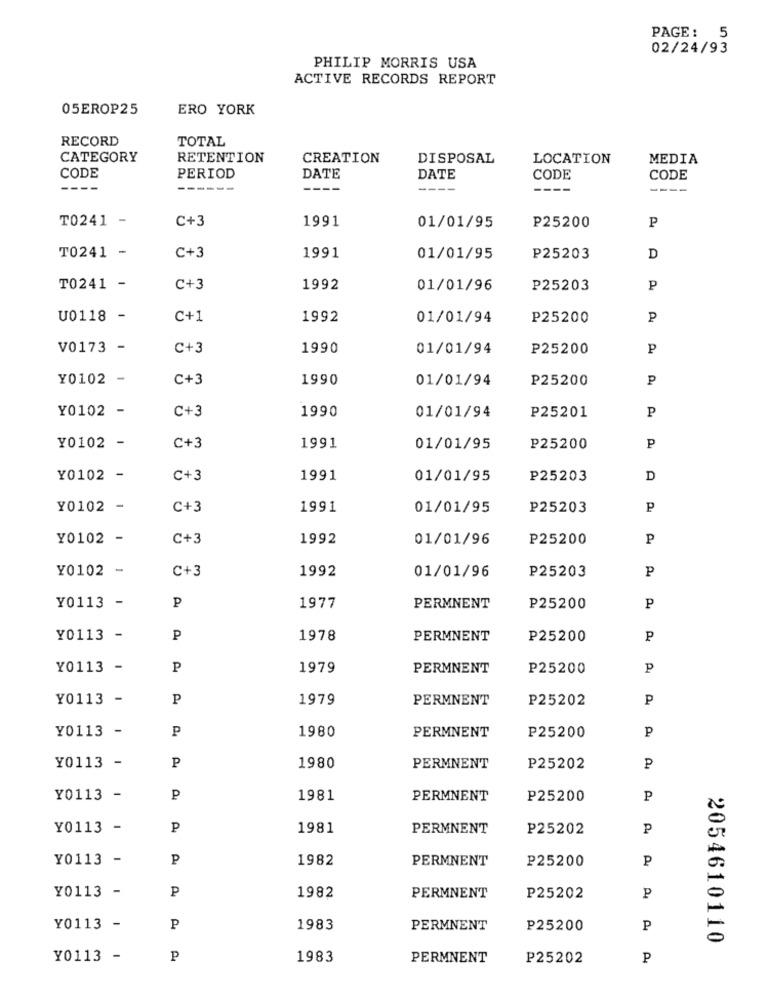
PAGE: 5
02/24/93
PHILIP MORRIS USA
ACTIVE RECORDS REPORT
05EROP25
ERO YORK
RECORD
TOTAL
CATEGORY
RETENTION
CREATION
DISPOSAL
LOCATION
MEDIA
CODE
PERIOD
DATE
DATE
CODE
CODE
-----
----
---
T0241 -
C+3
1991
P
01/01/95
P25200
T0241 -
C+3
1991
01/01/95
P25203
D
T0241 -
C+3
1992
01/01/96
P25203
P
U0118 -
C+1
1992
01/01/94
P25200
P
V0173 -
C+3
1990
01/01/94
P25200
P
Y0102 -
C+3
1990
01/01/94
P25200
P
Y0102 -
C+3
1990
01/01/94
P25201
P
Y0102 -
C+3
1991
01/01/95
P25200
P
Y0102 -
C+3
1991
01/01/95
P25203
D
Y0102 -
C+3
1991
01/01/95
P25203
P
Y0102 -
C+3
1992
01/01/96
P25200
P
Y0102 -
C+3
1992
P
01/01/96
P25203
Y0113 -
P
1977
PERMNENT
P25200
P
Y0113 -
P
1978
PERMNENT
P25200
P
Y0113 -
P
1979
PERMNENT
P25200
P
Y0113
P
1979
PERMNENT
P25202
P
Y0113
P
1980
PERMNENT
P25200
P
Y0113 -
P
1980
PERMNENT
P25202
Y0113
-
P
1981
PERMNENT
P25200
P
Y0113 -
P
1981
PERMNENT
P25202
P
Y0113 -
P
1982
PERMNENT
₽25200
P
Y0113 -
P
1982
PERMNENT
P25202
P
Y0113 -
P
1983
PERMNENT
P25200
P
2054610110
Y0113 -
P
1983
PERMNENT
P25202
P